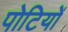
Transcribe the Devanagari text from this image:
पोटियों